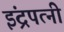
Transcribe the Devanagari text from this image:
इंद्रपत्नी